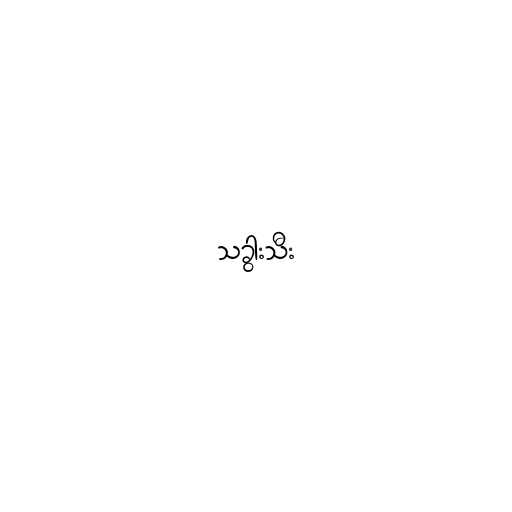
သခွားသီး